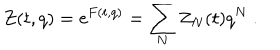
LaTeX: Z ( t , q ) = \mathrm { e } ^ { F ( t , q ) } = \sum _ { N } Z _ { N } ( t ) q ^ { N } ~ .